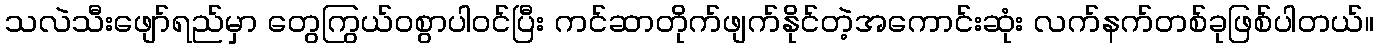
သလဲသီးဖျော်ရည်မှာ တွေကြွယ်ဝစွာပါဝင်ပြီး ကင်ဆာတိုက်ဖျက်နိုင်တဲ့အကောင်းဆုံး လက်နက်တစ်ခုဖြစ်ပါတယ်။